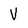
Character: V